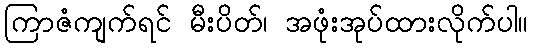
ကြာဇံကျက်ရင် မီးပိတ်၊ အဖုံးအုပ်ထားလိုက်ပါ။